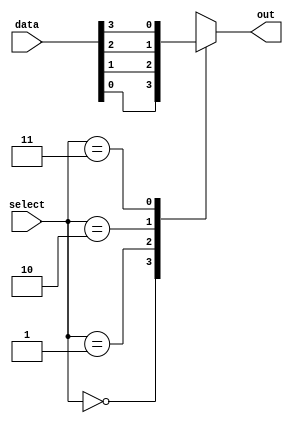
module multiplexer (
    input [3:0] data,
    input [1:0] select,
    output reg out
);
    
always @*
begin
    case (select)
        2'b00 : out = data[0];
        2'b01 : out = data[1];
        2'b10 : out = data[2];
        2'b11 : out = data[3];
        default: out = 1'b0;
    endcase
end

endmodule